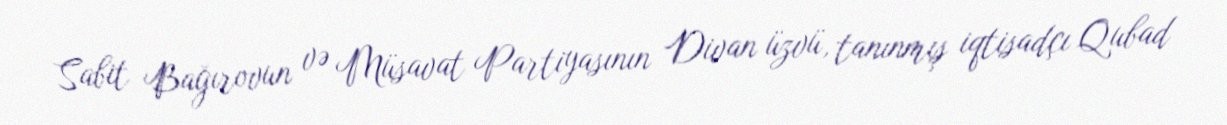
Sabit Bağırovun və Müsavat Partiyasının Divan üzvü, tanınmış iqtisadçı Qubad